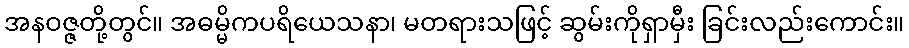
အနဝဇ္ဇတို့တွင်။ အဓမ္မိကပရိယေသနာ၊ မတရားသဖြင့် ဆွမ်းကိုရှာမှီး ခြင်းလည်းကောင်း။